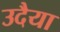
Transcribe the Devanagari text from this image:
उदैया